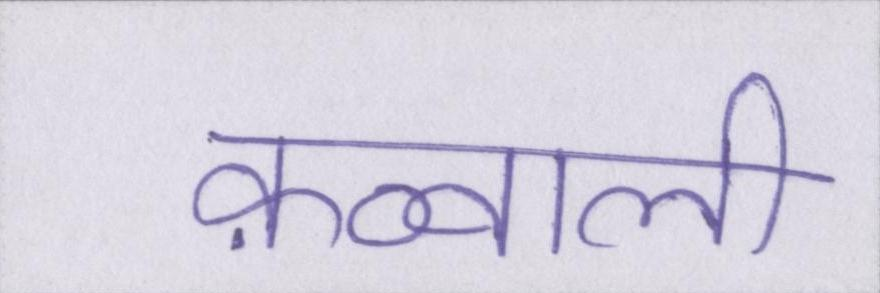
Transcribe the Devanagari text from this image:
क़व्वाली